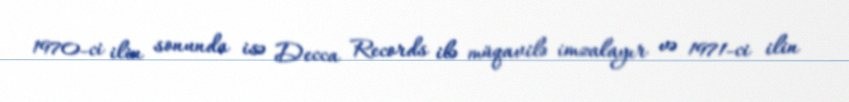
1970-ci ilin sonunda isə Decca Records ilə müqavilə imzalayır və 1971-ci ilin